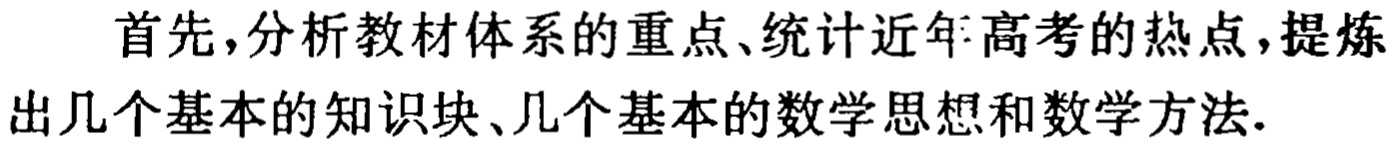
首先，分析教材体系的重点、统计近年高考的热点，提炼出几个基本的知识块、几个基本的数学思想和数学方法.